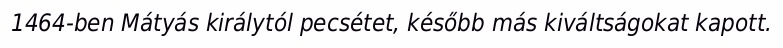
1464-ben Mátyás királytól pecsétet, később más kiváltságokat kapott.